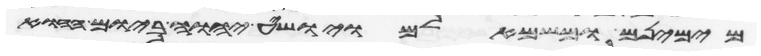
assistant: מימינם ומשמאלם ויושיע יהוה ביום ההוא